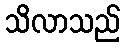
သိလာသည်